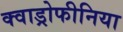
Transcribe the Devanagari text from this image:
क्वाड्रोफीनिया